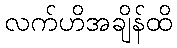
လက်ဟိအချိန်ထိ